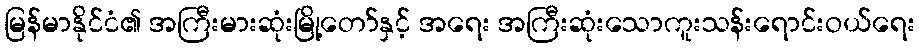
မြန်မာနိုင်ငံ၏ အကြီးမားဆုံးမြို့တော်နှင့် အရေး အကြီးဆုံးသောကူးသန်းရောင်းဝယ်ရေး